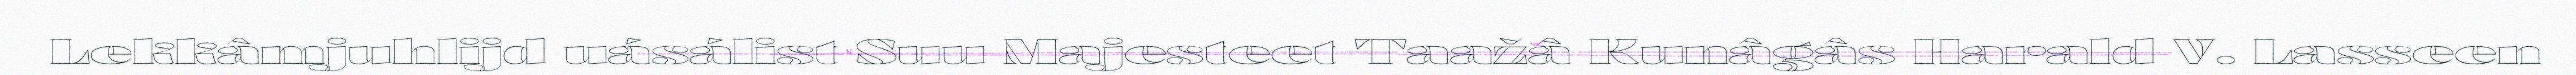
Lekkâmjuhlijd uásálist Suu Majesteet Taažâ Kunâgâs Harald V. Lasseen